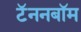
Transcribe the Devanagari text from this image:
टॅननबॉम